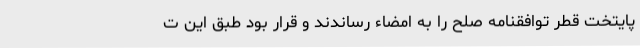
پایتخت قطر توافقنامه صلح را به امضاء رساندند و قرار بود طبق این ت